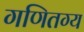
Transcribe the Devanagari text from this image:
गणितग्य